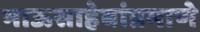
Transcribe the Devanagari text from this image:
भाऊसाहेबांप्रमाणे